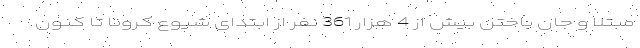
مبتلا و جان باختن بیش از 4 هزار 361 نفر از ابتدای شیوع کرونا تا کنون